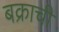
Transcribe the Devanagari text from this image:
बक्राची